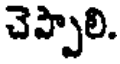
చెప్పాలి.